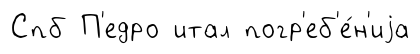
Спб П'едро итал погр'еб'е́н'иjа